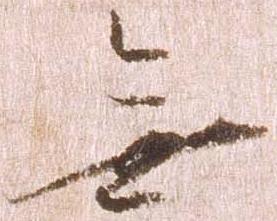
無